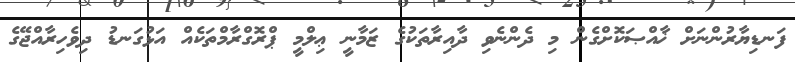
ފަނޑިޔާރުންނަށް ޚާއްޞަކޮށްގެން މި ދެންނެވި ދާއިރާތަކުގެ ޒަމާނީ ޢިލްމީ ޕްރޮގްރާމްތަކެއް އަޅުގަނޑު ދިވެހިރާއްޖޭގެ